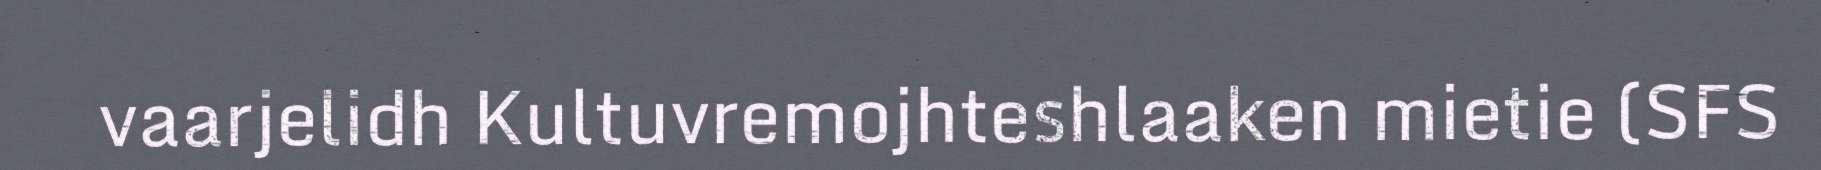
vaarjelidh Kultuvremojhteshlaaken mietie (SFS